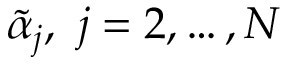
\widetilde { \alpha } _ { j } , \, \, j = 2 , \hdots , N